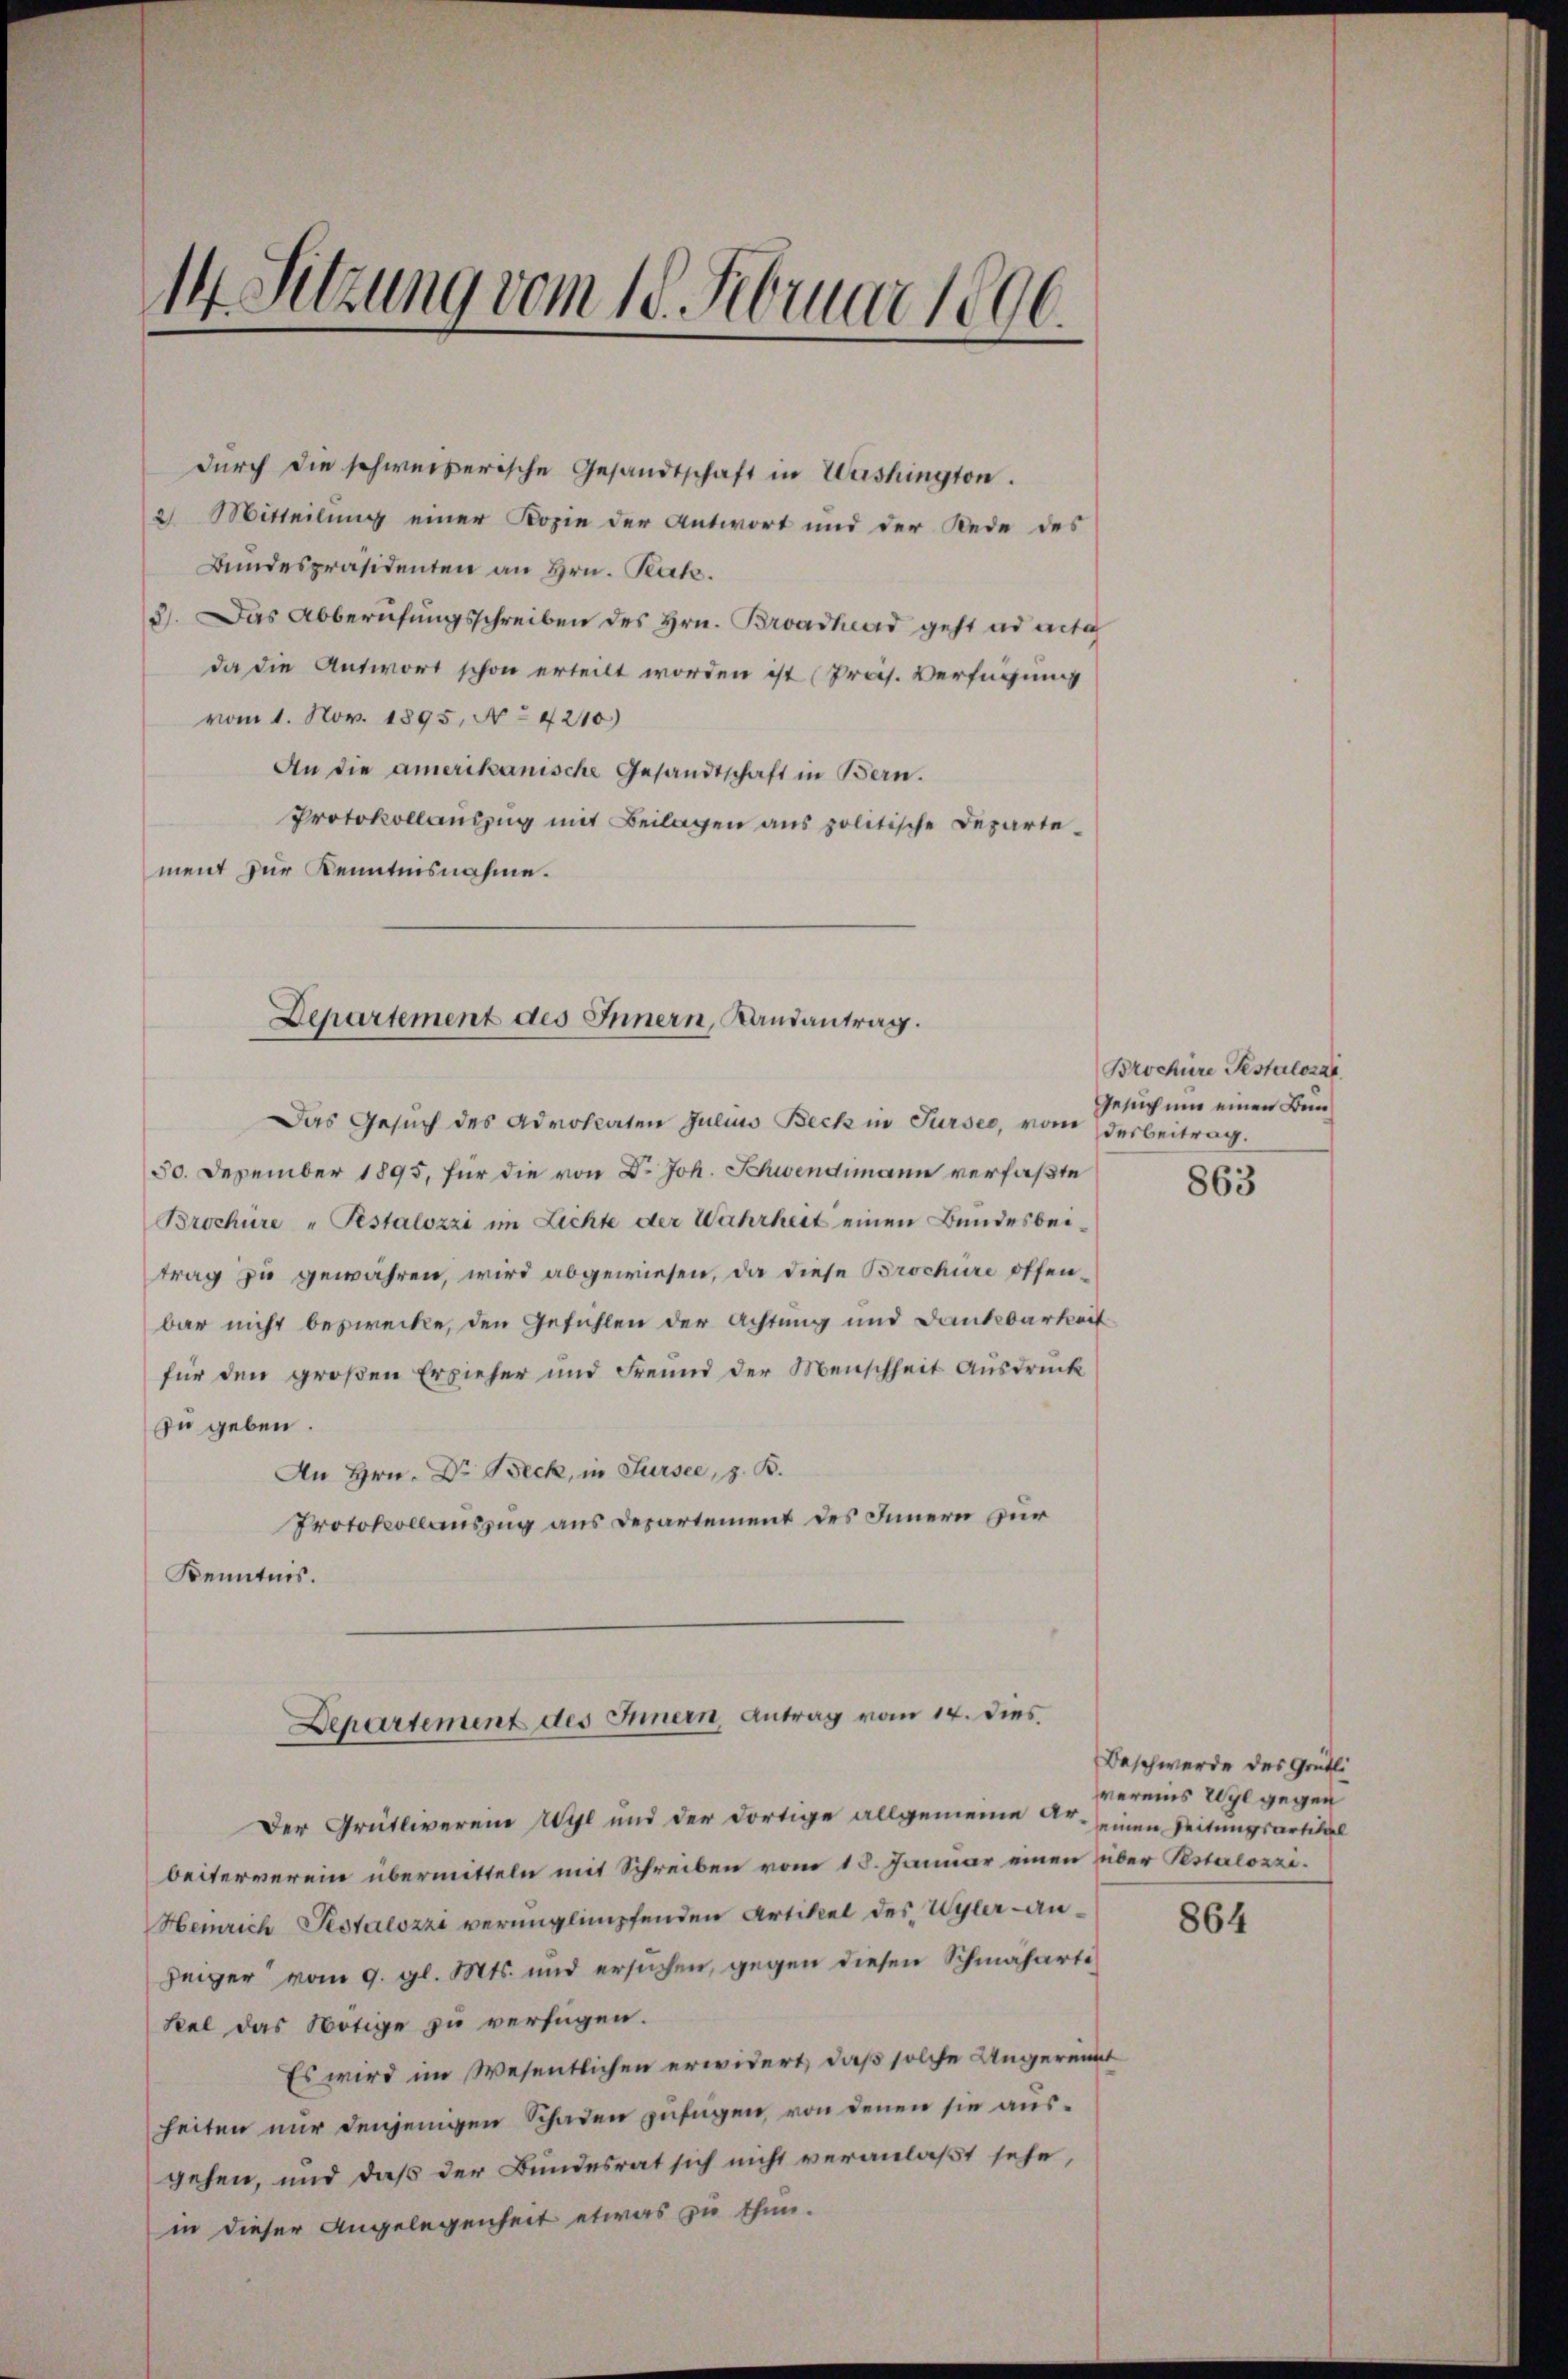
14 Sitzung vom 18. Februar 1896.

dŭrch die schweizerische Gesandtschaft in Washington.
2. Mitteilung einer Kopie der Antwort und der Rede des
Bundespräsidenten an Hrn. Rat.
3). Das Abberufungsschreiben des Hrn. Broadhead geht ad acta
da die Antwort schon erteilt worden ist (Präs. Verfügung
vom 1. Nov. 1895. No 4210)
An die amerikanische Gesandtschaft in Bern.
Protokollauszug mit Beilagen aus politische Departement zur Kenntnisnahme.
Das Gesuch des Advokaten Julius Beck in Surses, vom desbeitrag.
50. Dezember 1895, für die von Dr. Joh. Schwendimann verfaßte
Brochüre „Pestalozzi im Lichte der Wahrheit einen Bundesbeitrag zu gewähren, wird abgewiesen, da diese Brochüre offenbar nicht bestrecke, den Gefühlen der Achtung und Dankbarkeit
für den großen Erzieher und Freund der Menschheit Ausdruck
zu geben.
An Hrn. Dr. Beck, in Fürsee, z. B.
Protokollauszug aus Departement des Innern zur
Kenntnis.
Departement des Innern, Antrag vom 14. dies
Der Grütliverein Wyl und der dortige allgemeine Fr. einen Zeitungsartikel
beiterverein übermitteln mit Schreiben vom 18. Januar einen über Pestalozzi¬
Heinrich Testalozzi verunglimpfenden Artikel des Wyler an¬
Zeiger vom 9. gl. Mts. und ersuchen, gegen diesen Schmäharti¬
Seel das Nötige zu verfügen.
Es wird im Wesentlichen erwidert, daß solche Angerinnt
heiten nur denjenigen Schaden zufügen, von denen sie ausgehen, und daß der Bundesrat sich nicht veranlaßt sehe,
in dieser Angelegenheit etwas zu thun.

Departement des Innern, Landantrag.

Brochüre Testalozar
Gesuchung einen Bun¬

863

Beschwerde des Grütli
vereins Wyl gegen

864